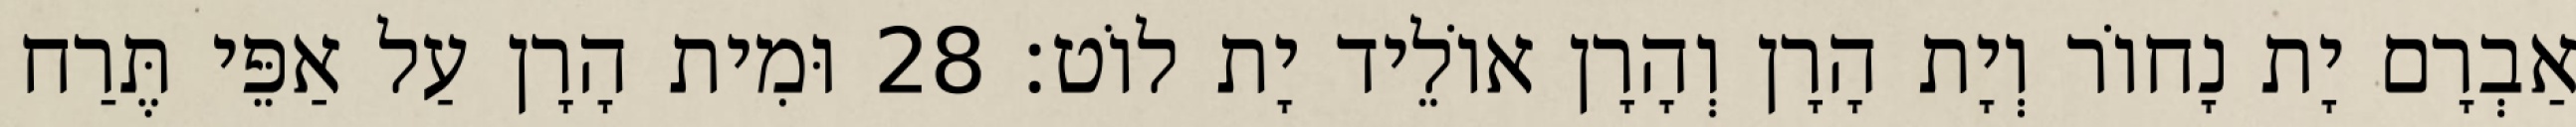
אַבְרָם יָת נָחוֹר וְיָת הָרָן וְהָרָן אוֹלֵיד יָת לוֹט׃ 28 וּמִית הָרָן עַל אַפֵּי תֶּרַח